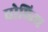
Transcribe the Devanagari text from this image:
घोषित्य